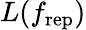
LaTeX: L(f_{\mathrm{rep}})